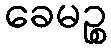
ခေမဉ္စ